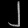
Digit: ၂